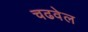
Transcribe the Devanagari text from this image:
चढवेल